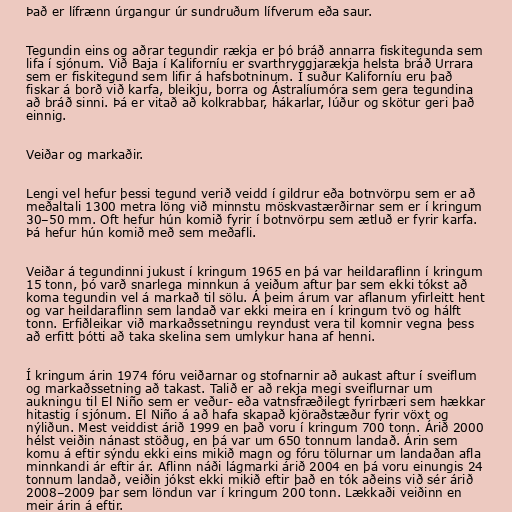
Það er lífrænn úrgangur úr sundruðum lífverum eða saur.

Tegundin eins og aðrar tegundir rækja er þó bráð annarra fiskitegunda sem
lifa í sjónum. Við Baja í Kaliforníu er svarthryggjarækja helsta bráð Urrara
sem er fiskitegund sem lifir á hafsbotninum. Í suður Kaliforníu eru það
fiskar á borð við karfa, bleikju, borra og Ástralíumóra sem gera tegundina
að bráð sinni. Þá er vitað að kolkrabbar, hákarlar, lúður og skötur geri það
einnig.

Veiðar og markaðir.

Lengi vel hefur þessi tegund verið veidd í gildrur eða botnvörpu sem er að
meðaltali 1300 metra löng við minnstu möskvastærðirnar sem er í kringum
30–50 mm. Oft hefur hún komið fyrir í botnvörpu sem ætluð er fyrir karfa.
Þá hefur hún komið með sem meðafli.

Veiðar á tegundinni jukust í kringum 1965 en þá var heildaraflinn í kringum
15 tonn, þó varð snarlega minnkun á veiðum aftur þar sem ekki tókst að
koma tegundin vel á markað til sölu. Á þeim árum var aflanum yfirleitt hent
og var heildaraflinn sem landað var ekki meira en í kringum tvö og hálft
tonn. Erfiðleikar við markaðssetningu reyndust vera til komnir vegna þess
að erfitt þótti að taka skelina sem umlykur hana af henni.

Í kringum árin 1974 fóru veiðarnar og stofnarnir að aukast aftur í sveiflum
og markaðssetning að takast. Talið er að rekja megi sveiflurnar um
aukningu til El Niño sem er veður- eða vatnsfræðilegt fyrirbæri sem hækkar
hitastig í sjónum. El Niño á að hafa skapað kjöraðstæður fyrir vöxt og
nýliðun. Mest veiddist árið 1999 en það voru í kringum 700 tonn. Árið 2000
hélst veiðin nánast stöðug, en þá var um 650 tonnum landað. Árin sem
komu á eftir sýndu ekki eins mikið magn og fóru tölurnar um landaðan afla
minnkandi ár eftir ár. Aflinn náði lágmarki árið 2004 en þá voru einungis 24
tonnum landað, veiðin jókst ekki mikið eftir það en tók aðeins við sér árið
2008–2009 þar sem löndun var í kringum 200 tonn. Lækkaði veiðinn en
meir árin á eftir.